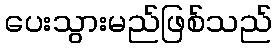
ပေးသွားမည်ဖြစ်သည်